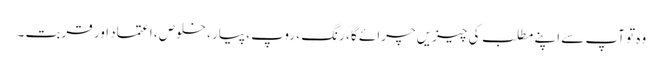
وہ تو آپ سے اپنے مطلب کی چیزیں چرائے گا ، رنگ ، روپ ، پیار ، خلوص ، اعتماد اور قربت ۔